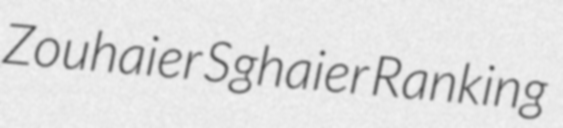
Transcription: Zouhaier Sghaier Ranking